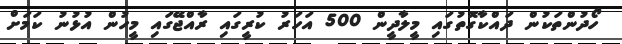
ހޯދުންތަކުން ދައްކާގޮތުގައި މީލާދީން 500 އަހަރު ކުރީގައި ރާއްޖޭގައި މީހުން އުޅުނު ކަމަށް